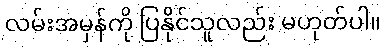
လမ်းအမှန်ကို ပြနိုင်သူလည်း မဟုတ်ပါ။